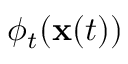
\phi _ { t } ( \mathbf { x } ( t ) )